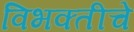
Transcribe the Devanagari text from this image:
विभक्तीचे